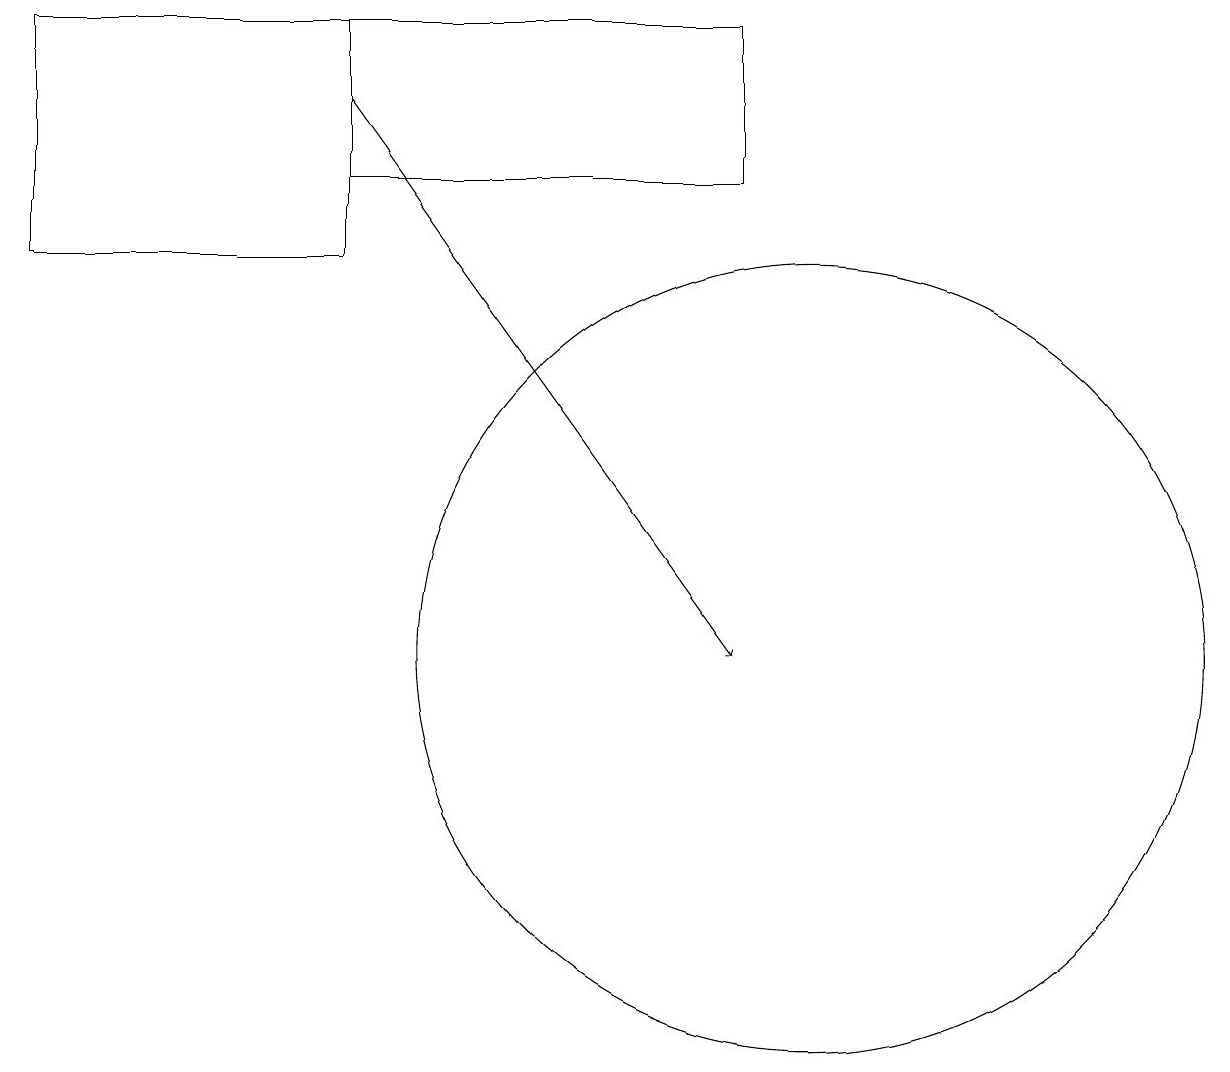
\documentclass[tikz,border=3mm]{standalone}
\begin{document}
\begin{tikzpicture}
\draw[->] (4,17) -- (9,10);
\draw (10,10) circle (5);
\draw (4,16) rectangle (9,18);
\draw (4,18) rectangle (0,15);
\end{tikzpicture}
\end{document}